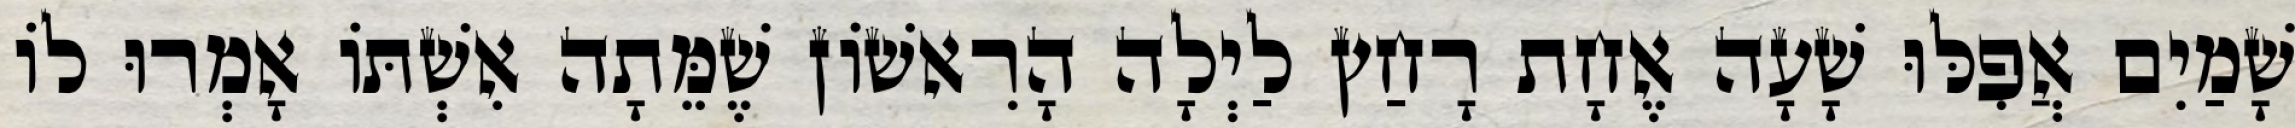
שָׁמַיִם אֲפִלּוּ שָׁעָה אֶחָת רָחַץ לַיְלָה הָרִאשׁוֹן שֶׁמֵּתָה אִשְׁתּוֹ אָמְרוּ לוֹ